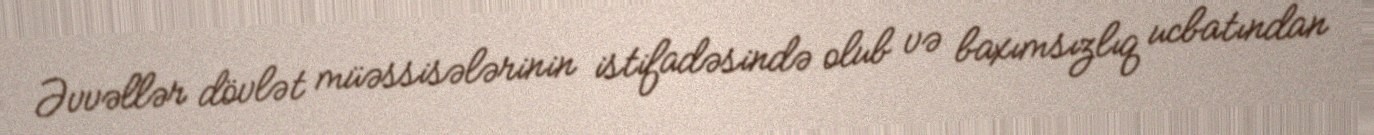
Əvvəllər dövlət müəssisələrinin istifadəsində olub və baxımsızlıq ucbatından